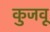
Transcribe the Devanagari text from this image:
कुजवू